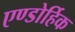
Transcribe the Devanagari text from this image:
एण्डोर्हिक